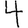
Digit: 4